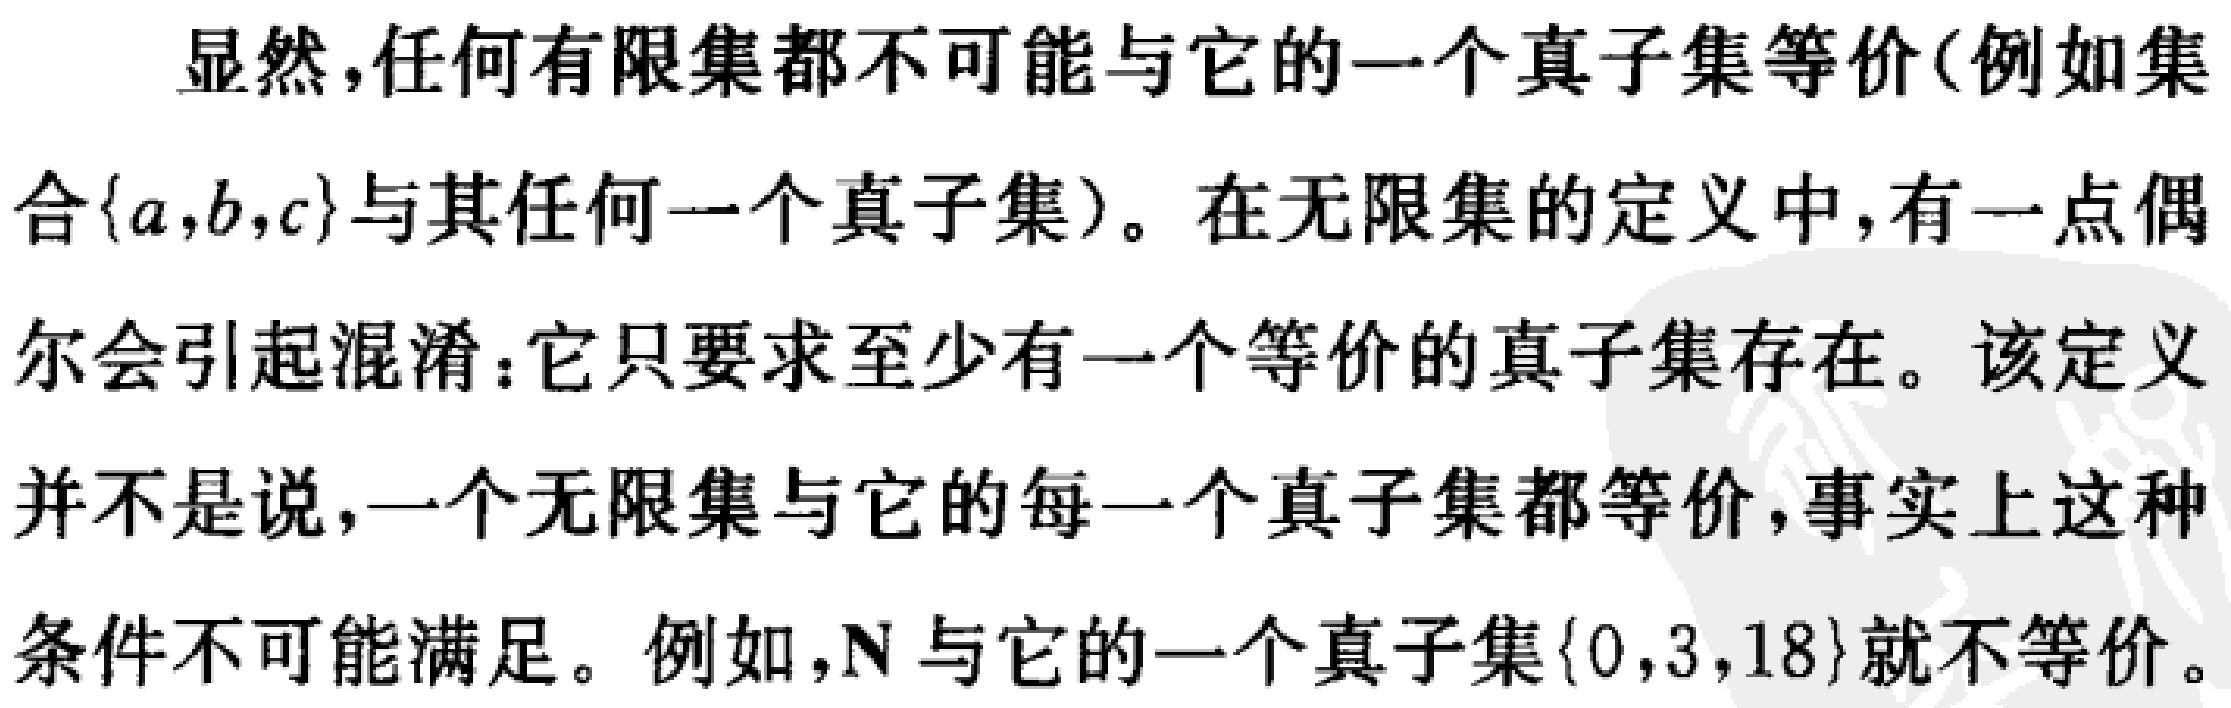
显然，任何有限集都不可能与它的一个真子集等价(例如集合\(\{a,b,c\}\)与其任何一个真子集)。在无限集的定义中，有一点偶尔会引起混淆：它只要求至少有一个等价的真子集存在。该定义并不是说，一个无限集与它的每一个真子集都等价，事实上这种条件不可能满足。例如，\(\mathbb{N}\) 与它的一个真子集\(\{0,3,18\}\)就不等价。